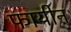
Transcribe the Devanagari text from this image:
फायीन